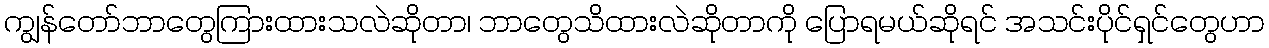
ကျွန်တော်ဘာတွေကြားထားသလဲဆိုတာ၊ ဘာတွေသိထားလဲဆိုတာကို ပြောရမယ်ဆိုရင် အသင်းပိုင်ရှင်တွေဟာ